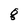
Character: g